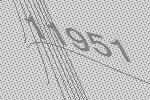
11951